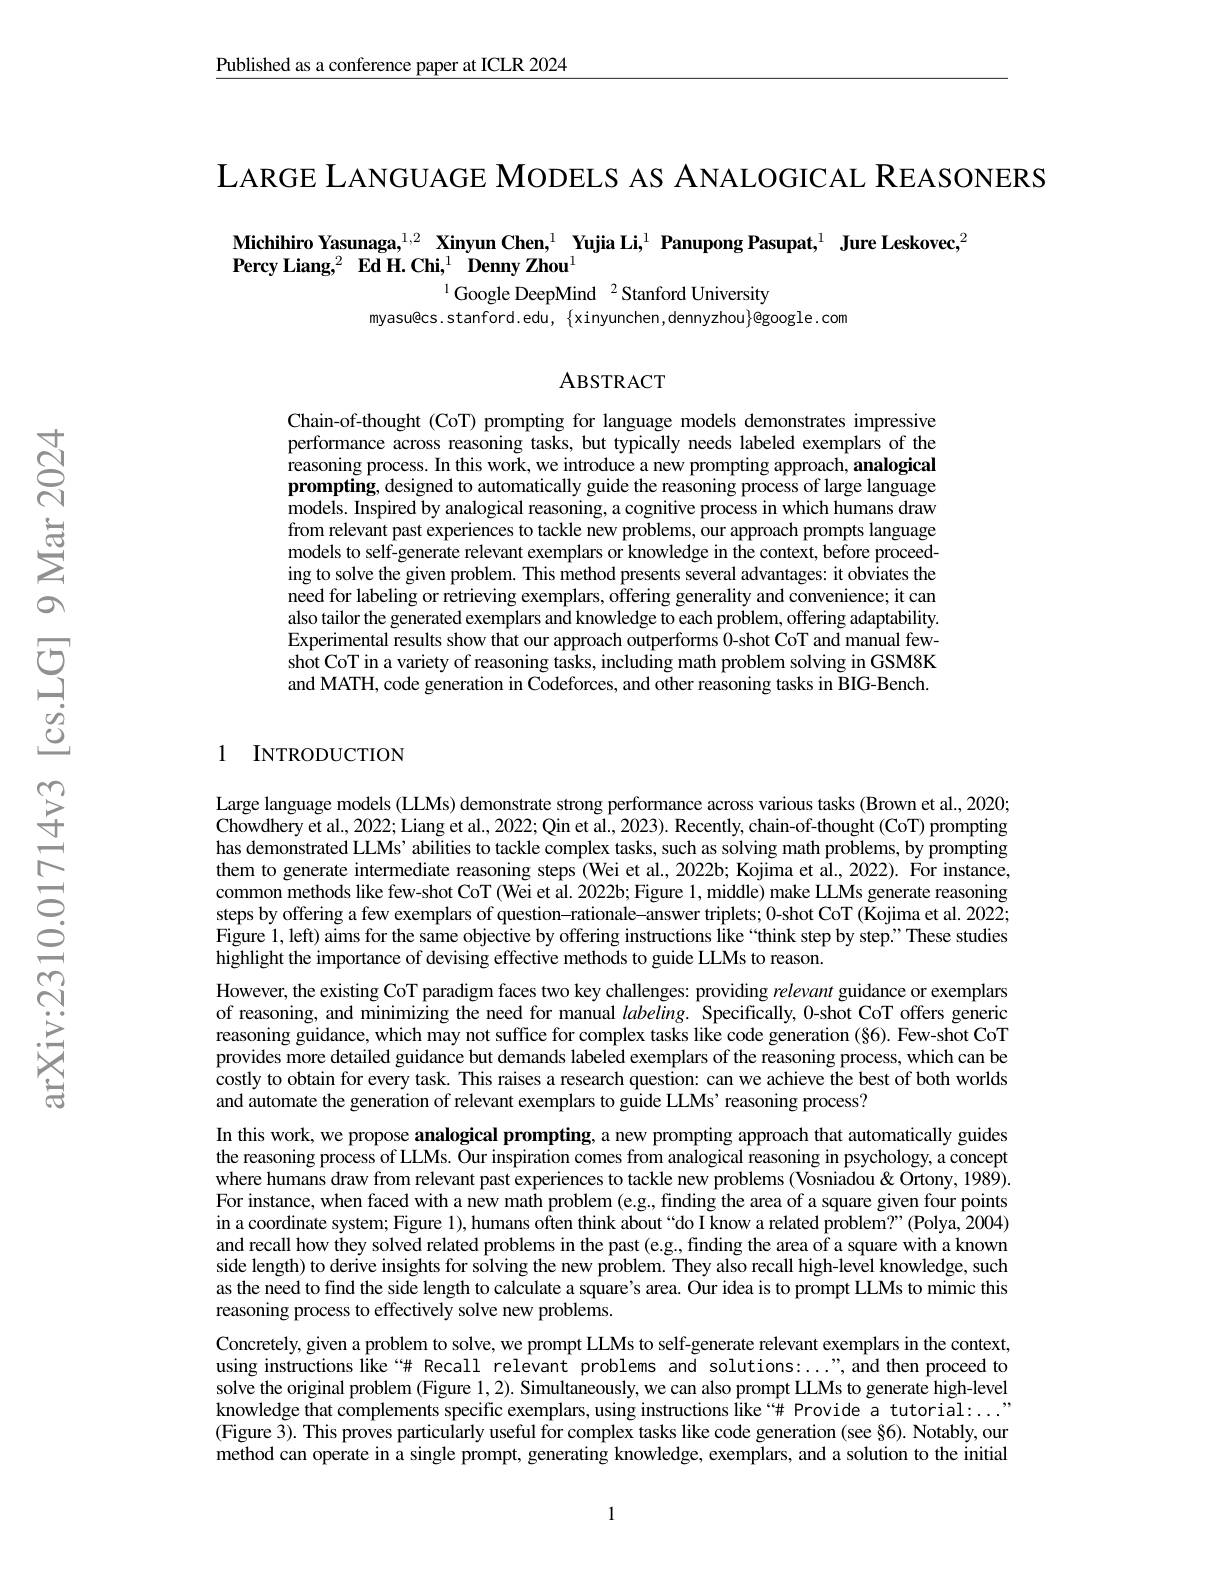
Published as a conference paper at ICLR 2024

LARGE LANGUAGE MODELS AS ANALOGICAL REASONERS

Michihiro Yasunaga,$^{1,2}$ Xinyun Chen,$^{1}$ Yujia Li,$^{1}$ Panupong Pasupat,$^{1}$ Jure Leskovec,$^{2}$
$\textbf{Percy Liang, }^2$ $\textbf{Ed H. Chi, }^1$ $\textbf{Denny Zhou}^1$
$^{1}$Google DeepMind$^2$Stanford University

myasu@cs.stanford.edu, $\{$xinyunchen,dennyzhou$\}$@google.com

### ABSTRACT

Chain-of-thought (CoT) prompting for language models demonstrates impressive performance across reasoning tasks, but typically needs labeled exemplars of the reasoning process. In this work, we introduce a new prompting approach, analogical prompting, designed to automatically guide the reasoning process of large language models. Inspired by analogical reasoning, a cognitive process in which humans draw from relevant past experiences to tackle new problems, our approach prompts language models to self-generate relevant exemplars or knowledge in the context, before proceeding to solve the given problem. This method presents several advantages: it obviates the need for labeling or retrieving exemplars, offering generality and convenience; it can also tailor the generated exemplars and knowledge to each problem, offering adaptability. Experimental results show that our approach outperforms 0-shot CoT and manual fewshot CoT in a variety of reasoning tasks, including math problem solving in GSM8K and MATH, code generation in Codeforces, and other reasoning tasks in BIG-Bench.

### 1 INTRODUCTION

Large language models (LLMs) demonstrate strong performance across various tasks (Brown et al, 2020; Chowdhery et al., 2022; Liang et al., 2022; Qin et al., 2023). Recently, chain-of-thought (CoT) prompting has demonstrated LLMs’ abilities to tackle complex tasks, such as solving math problems, by prompting them to generate intermediate reasoning steps (Wei et al., 2022b; Kojima et al., 2022). For instance, common methods like few-shot CoT (Wei et al. 2022b; Figure 1,middle) make LLMs generate reasoning steps by offering a few exemplars of question-rationale-answer triplets; 0-shot CoT (Kojima et al. 2022; Figure 1, left) aims for the same objective by offering instructions like “think step by step.”These studies highlight the importance of devising effective methods to guide LLMs to reason.
However, the existing CoT paradigm faces two key challenges: providing relevant guidance or exemplars of reasoning, and minimizing the need for manual $labeling.$ Specifically, 0-shot CoT offers generic reasoning guidance, which may not suffice for complex tasks like code generation (§6). Few-shot CoT provides more detailed guidance but demands labeled exemplars of the reasoning process, which can be costly to obtain for every task. This raises a research question: can we achieve the best of both worlds and automate the generation of relevant exemplars to guide LLMs' reasoning process?
In this work, we propose analogical prompting, a new prompting approach that automatically guides the reasoning process of LLMs. Our inspiration comes from analogical reasoning in psychology, a concept where humans draw from relevant past experiences to tackle new problems (Vosniadou&Ortony, 1989). For instance, when faced with a new math problem (e.g., finding the area of a square given four points in a coordinate system; Figure 1), humans often think about“do I know a related problem?”(Polya, 2004) and recall how they solved related problems in the past (e.g., finding the area of a square with a known side length) to derive insights for solving the new problem. They also recall high-level knowledge, such as the need to find the side length to calculate a square's area. Our idea is to prompt LLMs to mimic this reasoning process to effectively solve new problems.
Concretely, given a problem to solve, we prompt LLMs to self-generate relevant exemplars in the context, using instructions like“# Recall relevant problems and solutions:...",and then proceed to solve the original problem (Figure 1,2). Simultaneously, we can also prompt LLMs to generate high-level knowledge that complements specific exemplars, using instructions like“# Provide a tutorial:...' (Figure 3). This proves particularly useful for complex tasks like code generation (see §6). Notably, our method can operate in a single prompt, generating knowledge, exemplars, and a solution to the initial

1